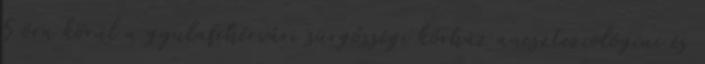
5 óra körül a gyulafehérvári sürgősségi kórház aneszteziológiai és